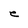
Character: e